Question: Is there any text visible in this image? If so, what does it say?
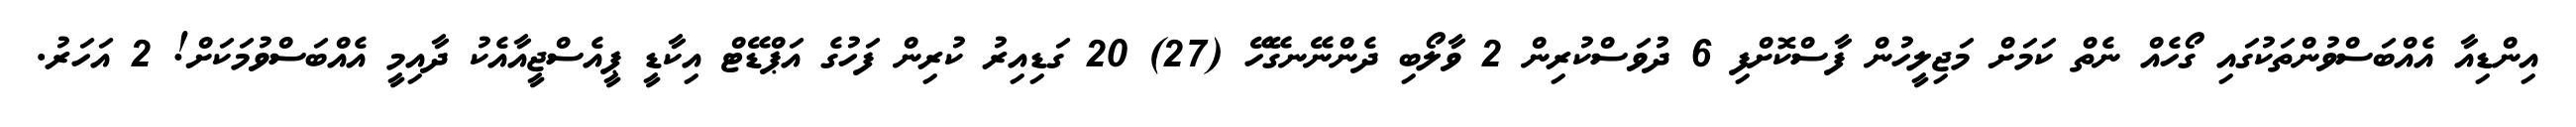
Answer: އިންޑިއާ އެއްބަސްވުންތަކުގައި ގޯހެއް ނެތް ކަމަށް މަޖިލީހުން ފާސްކޮށްފި 6 ދުވަސްކުރިން 2 ވާލޯބި ދެންނޭނގޭހޭ (27) 20 ގަޑިއިރު ކުރިން ފަހުގެ އަޕްޑޭޓް އިކާޑީ ޕީއެސްޖީއާއެކު ދާއިމީ އެއްބަސްވުމަކަށް! 2 އަހަރު.